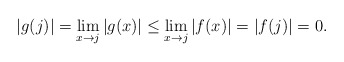
\begin{align*}|g(j)|=\lim_{x\rightarrow j}|g(x)|\leq \lim_{x\rightarrow j}|f(x)|=|f(j)|=0. \end{align*}